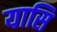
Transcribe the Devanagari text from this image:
यासि